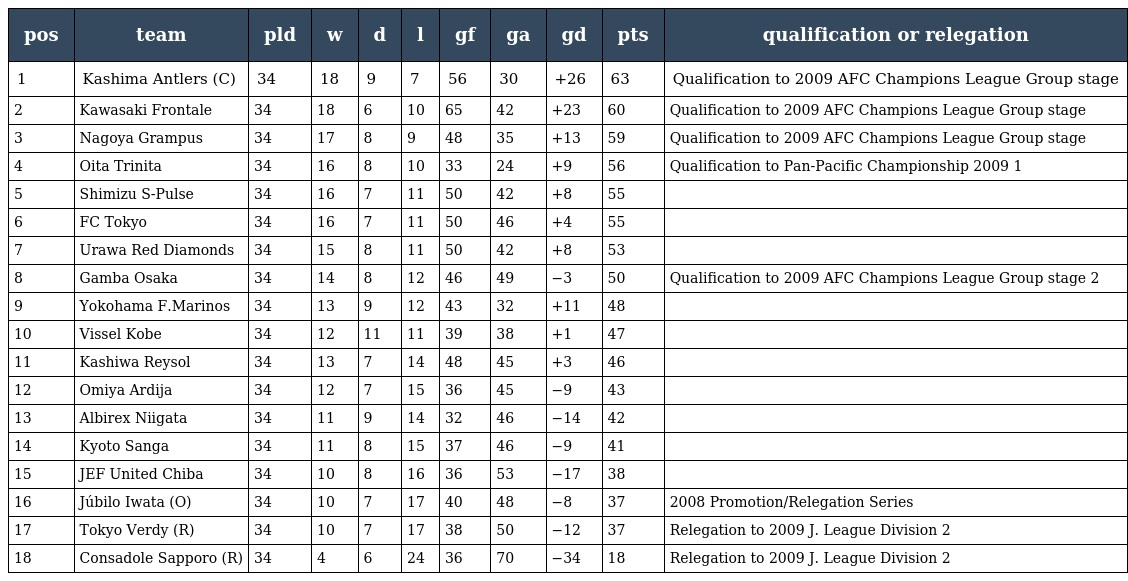
| pos | team | pld | w | d | l | gf | ga | gd | pts | qualification or relegation |
 | --- | --- | --- | --- | --- | --- | --- | --- | --- | --- | --- |
 | 1 | Kashima Antlers (C) | 34 | 18 | 9 | 7 | 56 | 30 | +26 | 63 | Qualification to 2009 AFC Champions League Group stage |
 | 2 | Kawasaki Frontale | 34 | 18 | 6 | 10 | 65 | 42 | +23 | 60 | Qualification to 2009 AFC Champions League Group stage |
 | 3 | Nagoya Grampus | 34 | 17 | 8 | 9 | 48 | 35 | +13 | 59 | Qualification to 2009 AFC Champions League Group stage |
 | 4 | Oita Trinita | 34 | 16 | 8 | 10 | 33 | 24 | +9 | 56 | Qualification to Pan-Pacific Championship 2009 1 |
 | 5 | Shimizu S-Pulse | 34 | 16 | 7 | 11 | 50 | 42 | +8 | 55 |  |
 | 6 | FC Tokyo | 34 | 16 | 7 | 11 | 50 | 46 | +4 | 55 |  |
 | 7 | Urawa Red Diamonds | 34 | 15 | 8 | 11 | 50 | 42 | +8 | 53 |  |
 | 8 | Gamba Osaka | 34 | 14 | 8 | 12 | 46 | 49 | −3 | 50 | Qualification to 2009 AFC Champions League Group stage 2 |
 | 9 | Yokohama F.Marinos | 34 | 13 | 9 | 12 | 43 | 32 | +11 | 48 |  |
 | 10 | Vissel Kobe | 34 | 12 | 11 | 11 | 39 | 38 | +1 | 47 |  |
 | 11 | Kashiwa Reysol | 34 | 13 | 7 | 14 | 48 | 45 | +3 | 46 |  |
 | 12 | Omiya Ardija | 34 | 12 | 7 | 15 | 36 | 45 | −9 | 43 |  |
 | 13 | Albirex Niigata | 34 | 11 | 9 | 14 | 32 | 46 | −14 | 42 |  |
 | 14 | Kyoto Sanga | 34 | 11 | 8 | 15 | 37 | 46 | −9 | 41 |  |
 | 15 | JEF United Chiba | 34 | 10 | 8 | 16 | 36 | 53 | −17 | 38 |  |
 | 16 | Júbilo Iwata (O) | 34 | 10 | 7 | 17 | 40 | 48 | −8 | 37 | 2008 Promotion/Relegation Series |
 | 17 | Tokyo Verdy (R) | 34 | 10 | 7 | 17 | 38 | 50 | −12 | 37 | Relegation to 2009 J. League Division 2 |
 | 18 | Consadole Sapporo (R) | 34 | 4 | 6 | 24 | 36 | 70 | −34 | 18 | Relegation to 2009 J. League Division 2 |